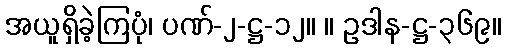
အယူရှိခဲ့ကြပုံ၊ ပဏ်-၂-ဋ္ဌ-၁၂။ ။ ဥဒါန-ဋ္ဌ-၃၆၉။